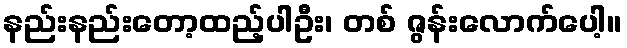
နည်းနည်းတော့ထည့်ပါဦး၊ တစ် ဇွန်းလောက်ပေါ့။